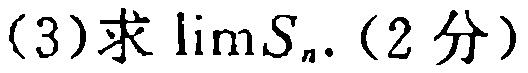
(3)求\(\lim S_{n}\). (2分)